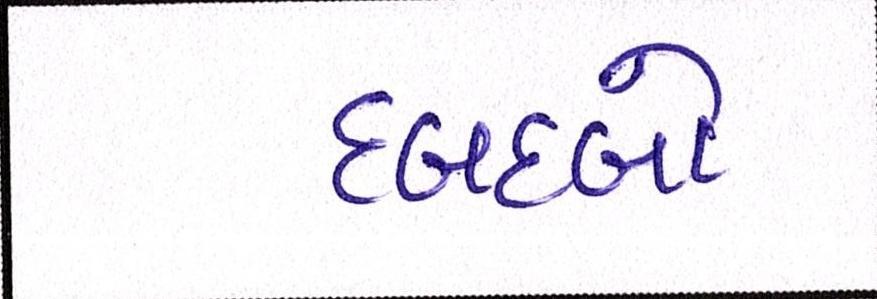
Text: દબદબો